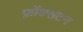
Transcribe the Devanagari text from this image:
फ़ॉक्सटन